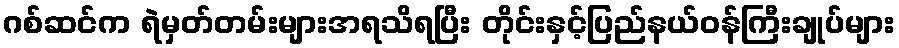
ဂစ်ဆင်က ရဲမှတ်တမ်းများအရသိရပြီး တိုင်းနှင့်ပြည်နယ်ဝန်ကြီးချုပ်များ